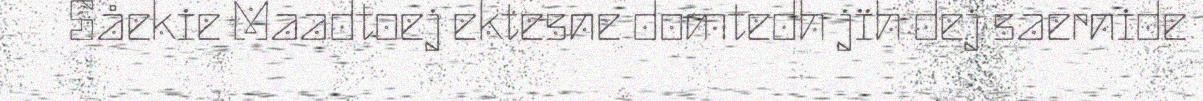
Såekie Maadtoej ektesne domtedh jïh dej saernide